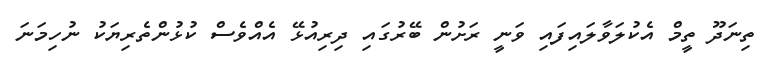
ތިނަދޫ ތީމް އެކުލަވާލައިފައި ވަނީ ރަށުން ބޭރުގައި ދިރިއުޅޭ އެއްވެސް ކުޅުންތެރިޔަކު ނުހިމަނަ